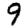
Digit: 9